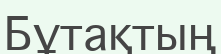
Бұтақтың